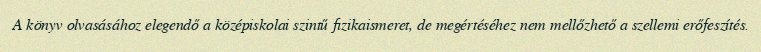
A könyv olvasásához elegendő a középiskolai szintű fizikaismeret, de megértéséhez nem mellőzhető a szellemi erőfeszítés.